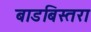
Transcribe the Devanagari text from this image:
बाडबिस्तरा